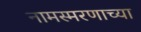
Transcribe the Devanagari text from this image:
नामस्मरणाच्या